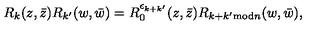
{ R } _ { k } ( z , \bar { z } ) { R } _ { k ^ { \prime } } ( w , \bar { w } ) = { R } _ { 0 } ^ { \epsilon _ { k + k ^ { \prime } } } ( z , \bar { z } ) { R } _ { k + k ^ { \prime } \mathrm { m o d } n } ( w , \bar { w } ) ,